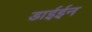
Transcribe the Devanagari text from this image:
डाईईन